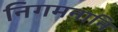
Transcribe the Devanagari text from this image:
निगमनानि